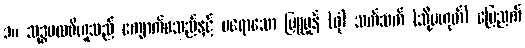
၁။ သုဒ္ဓပထဝီဟူသည် ကျောက်စသည်နှင့် မရောသော မြူမှုန် (ဖုံ) သက်သက် (သို့မဟုတ်) မြေညက်